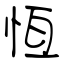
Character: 恆